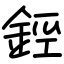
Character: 鋞